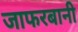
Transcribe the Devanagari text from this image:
जाफरबानी